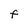
Character: f